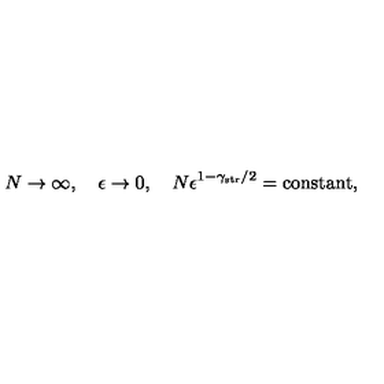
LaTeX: N \rightarrow \infty , \quad \epsilon \rightarrow 0 , \quad N \epsilon ^ { 1 - \gamma _ { \mathrm { s t r } } / 2 } = \mathrm { c o n s t a n t } ,